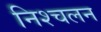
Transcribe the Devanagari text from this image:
निश्‍चलन